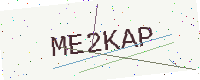
Text: ME2KAP